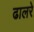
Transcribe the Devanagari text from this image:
ढालरे